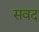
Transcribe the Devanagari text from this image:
सवद